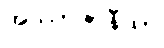
အဿာဇာနီယာ